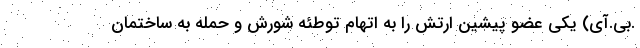
.بی.آی) یکی عضو پیشین ارتش را به اتهام توطئه شورش و حمله به ساختمان